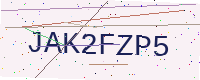
Text: JAK2FZP5